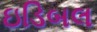
ઇડિબલ